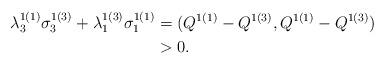
LaTeX: \begin{align*}\lambda^{1(1)}_3\sigma^{1(3)}_3+\lambda^{1(3)}_1\sigma^{1(1)}_1&=(Q^{1(1)}-Q^{1(3)},Q^{1(1)}-Q^{1(3)})\\&>0.\end{align*}